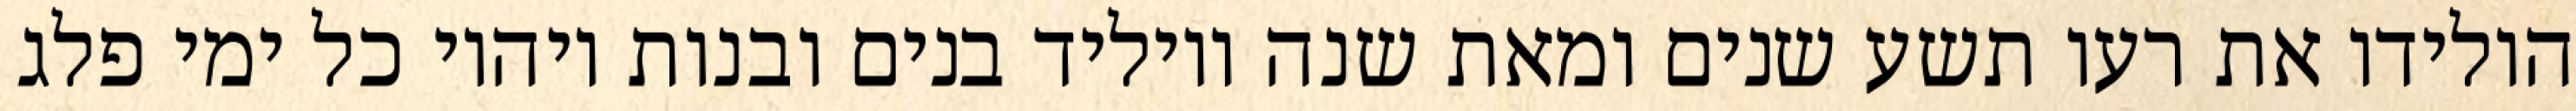
הולידו את רעו תשע שנים ומאת שנה ויוליד בנים ובנות ויהיו כל ימי פלג